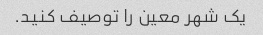
یک شهر معین را توصیف کنید.